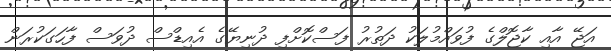
އަޖޭ އާއި ކާޖޮލްގެ ފުވައްމުލަކު ދަތުރު ފަސްކޮށްފި ދުނިޔޭގެ އެއިޑްސް ދުވަސް ފާހަގަކުރަން